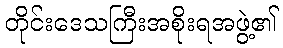
တိုင်းဒေသကြီးအစိုးရအဖွဲ့၏